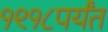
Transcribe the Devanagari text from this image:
१९१८पर्यंत